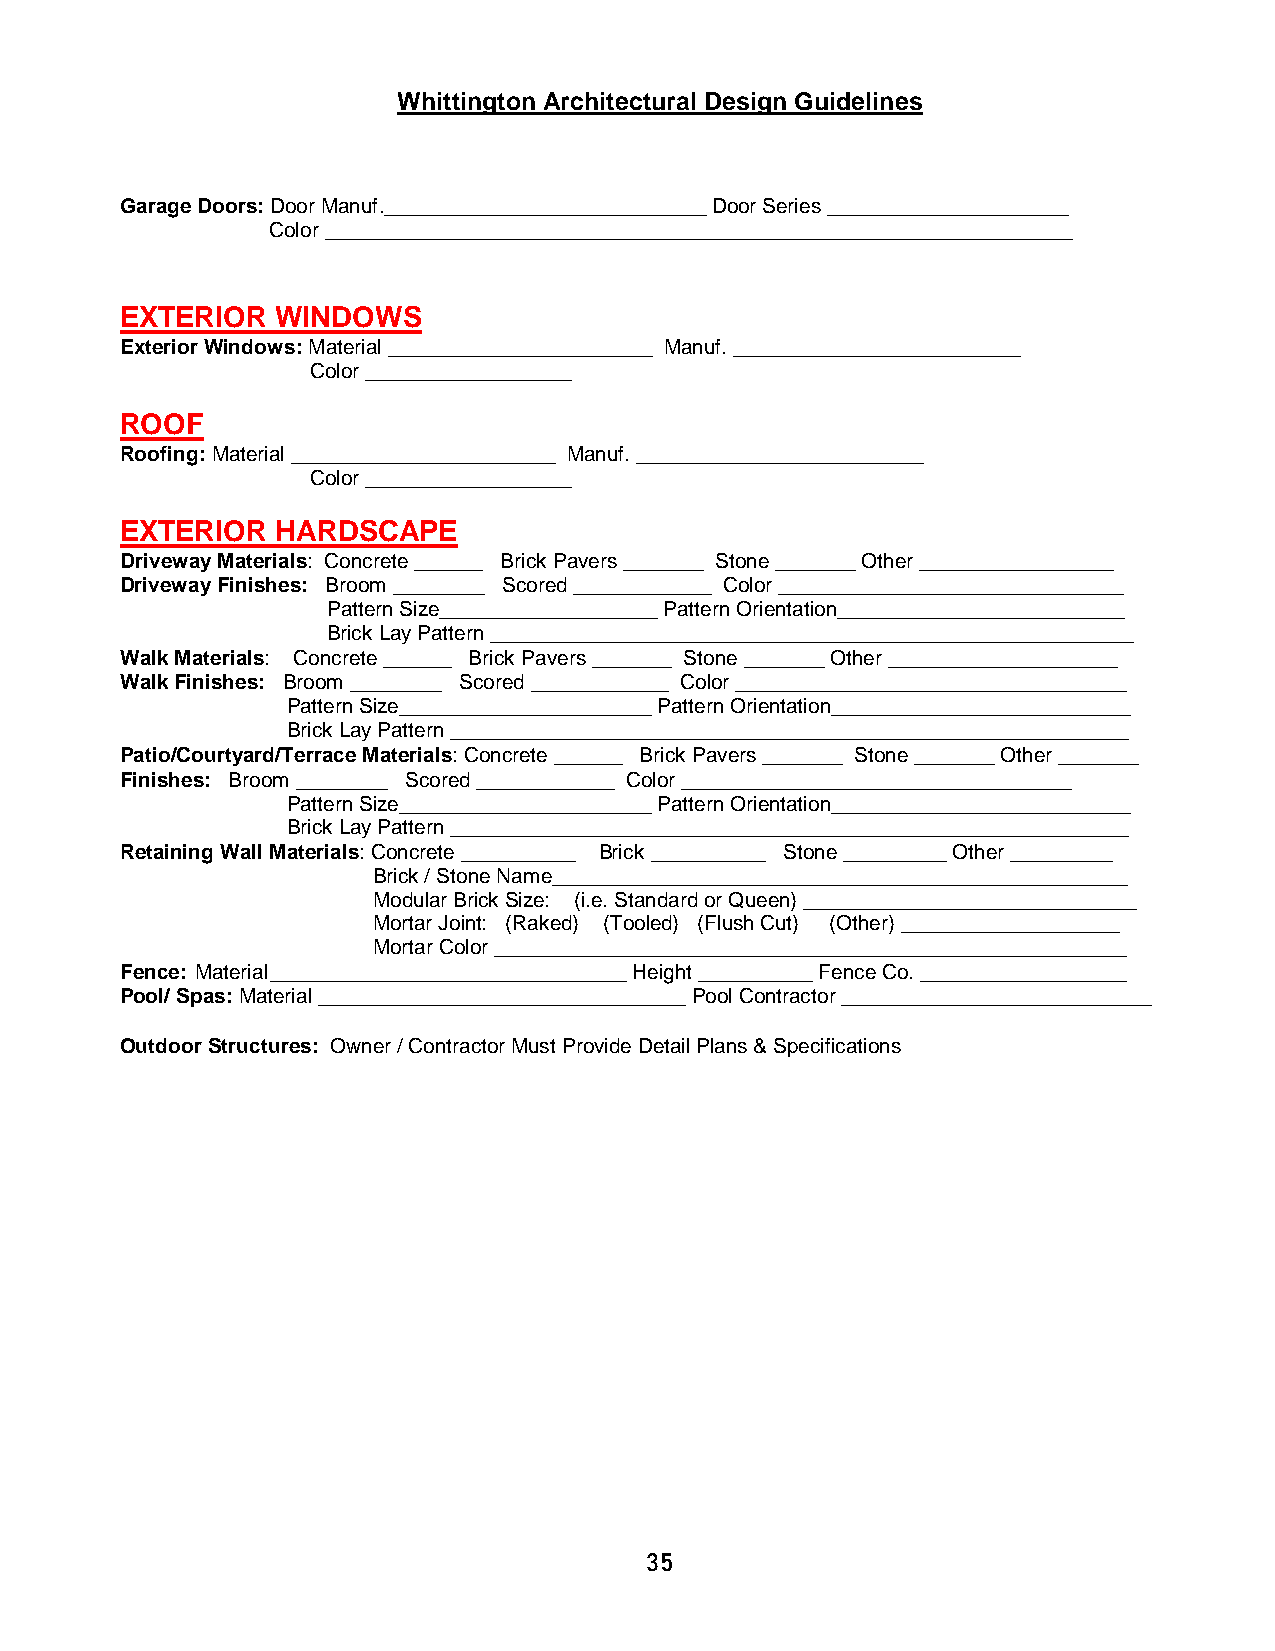
Whittington Architectural Design Guidelines
 Garage Doors: Door Manuf.____________________________ Door Series _____________________
 Color _________________________________________________________________
 EXTERIOR  WINDOWS
 Exterior Windows: Material _______________________ Manuf. _________________________
 Color __________________
 ROOF
 Roofing: Material _______________________ Manuf. _________________________
 Color __________________
 EXTERIOR  HARDSCAPE
 Driveway Materials: Concrete ______ Brick Pavers _______ Stone _______ Other _________________
 Driveway Finishes: Broom ________ Scored ____________ Color ______________________________
 Pattern Size___________________ Pattern Orientation_________________________
 Brick Lay Pattern ________________________________________________________
 Walk Materials: Concrete ______ Brick Pavers _______ Stone _______ Other ____________________
 Walk Finishes: Broom ________ Scored ____________ Color __________________________________
 Pattern Size______________________ Pattern Orientation__________________________
 Brick Lay Pattern ___________________________________________________________
 Patio/Courtyard/Terrace Materials: Concrete ______ Brick Pavers _______ Stone _______ Other _______
 Finishes: Broom ________ Scored ____________ Color __________________________________
 Pattern Size______________________ Pattern Orientation__________________________
 Brick Lay Pattern ___________________________________________________________
 Retaining Wall Materials: Concrete __________ Brick __________ Stone _________ Other _________
 Brick / Stone Name__________________________________________________
 Modular Brick Size: (i.e. Standard or Queen) _____________________________
 Mortar Joint: (Raked) (Tooled) (Flush Cut) (Other) ___________________
 Mortar Color _______________________________________________________
 Fence: Material _______________________________ Height __________ Fence Co. __________________
 Pool/ Spas: Material ________________________________ Pool Contractor ___________________________
 Outdoor Structures: Owner / Contractor Must Provide Detail Plans & Specifications
 35